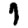
Digit: 7